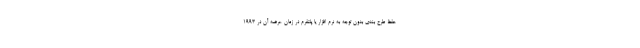
حفظ طرح بندی بدون توجه به نرم افزار یا پلتفرم در زمان عرضه آن در ۱۹۹۳